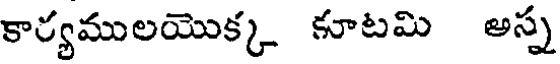
కార్యములయొక్క కూటమి అస్న